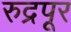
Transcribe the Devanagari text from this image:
रुद्रपूर